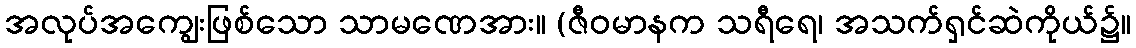
အလုပ်အကျွေးဖြစ်သော သာမဏေအား။ (ဇီဝမာနက သရီရေ၊ အသက်ရှင်ဆဲကိုယ်၌။